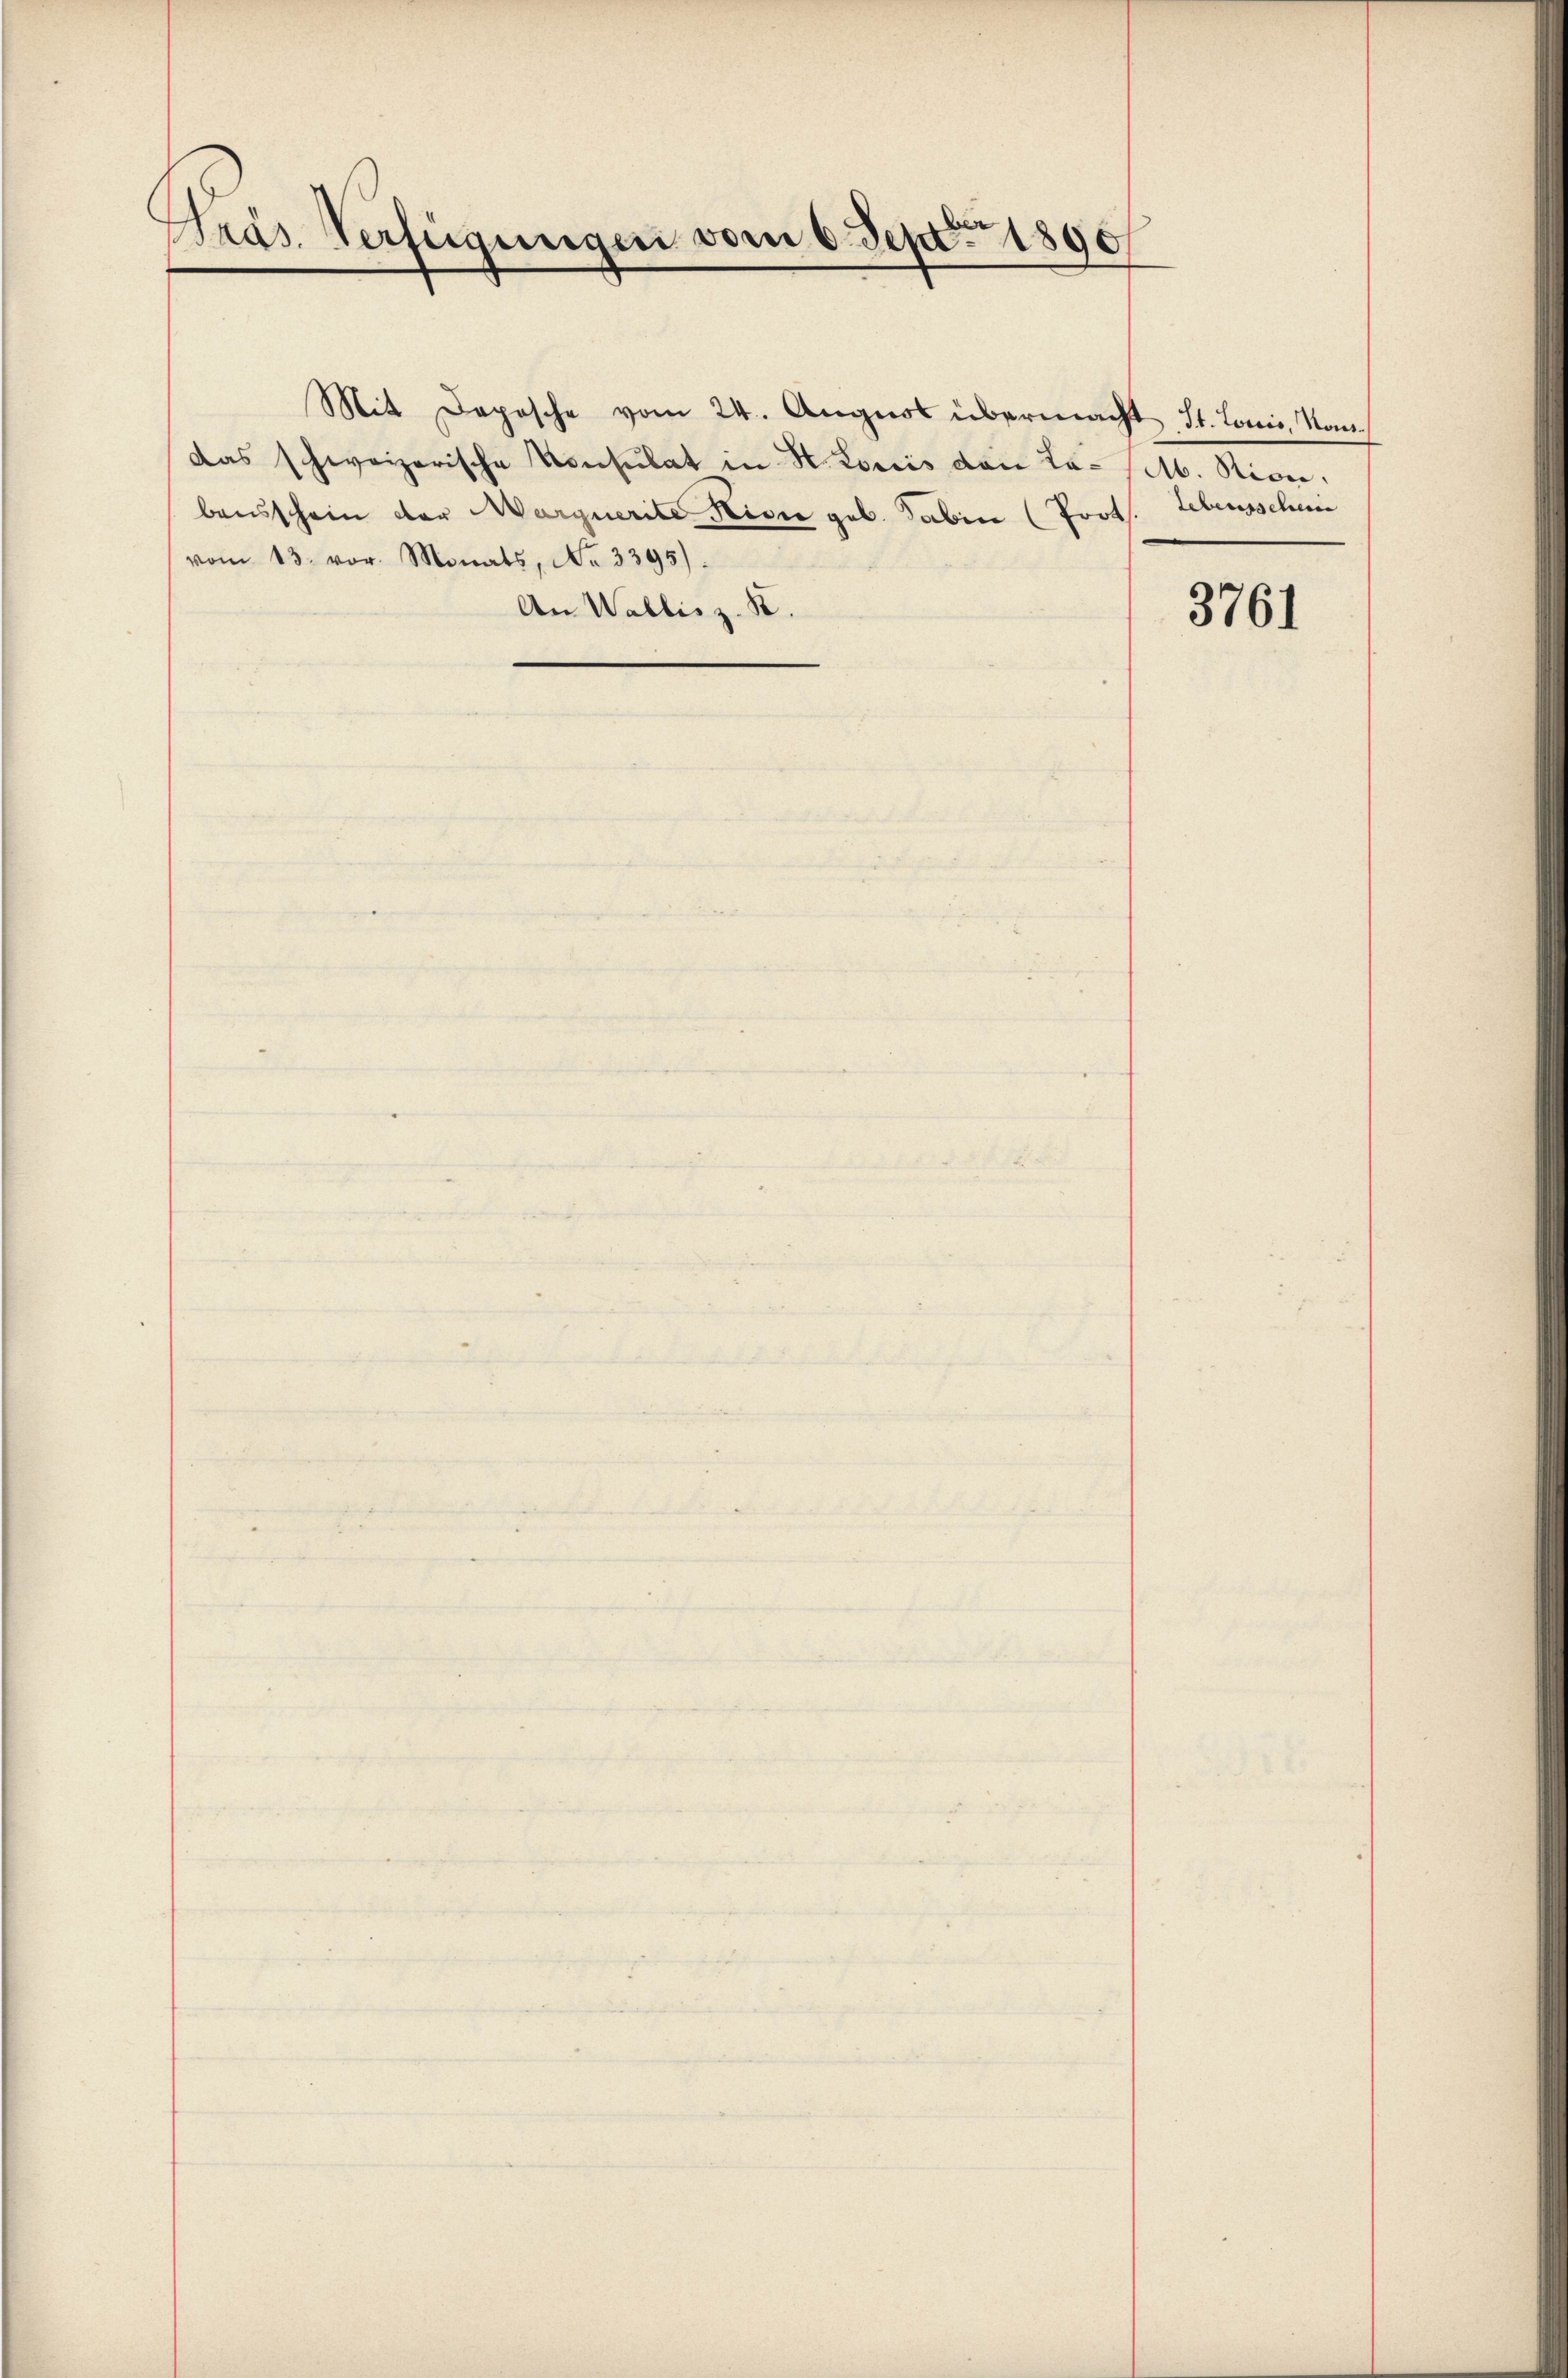
Präs. Verfügungen vom 6. Sept. 1890

Mit Depesche vom 24. August überma
das schweizerische Konsulat in St. Loris von Labensschein der Marquerite Rivie geb. aben (For
vom 13. vor. Monats, No 3395).
An Wallis z. B.

it St. Loris, Mon.
A. Rion.
1. Lebensschen

3761